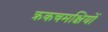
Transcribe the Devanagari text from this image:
क्रकचमक्षियों